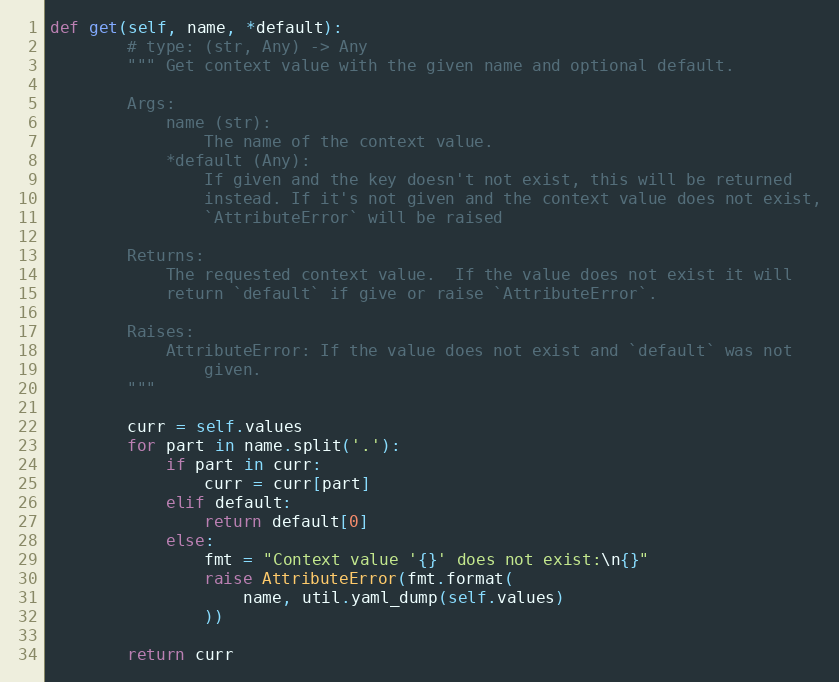
Language: Python
def get(self, name, *default):
        # type: (str, Any) -> Any
        """ Get context value with the given name and optional default.

        Args:
            name (str):
                The name of the context value.
            *default (Any):
                If given and the key doesn't not exist, this will be returned
                instead. If it's not given and the context value does not exist,
                `AttributeError` will be raised

        Returns:
            The requested context value.  If the value does not exist it will
            return `default` if give or raise `AttributeError`.

        Raises:
            AttributeError: If the value does not exist and `default` was not
                given.
        """

        curr = self.values
        for part in name.split('.'):
            if part in curr:
                curr = curr[part]
            elif default:
                return default[0]
            else:
                fmt = "Context value '{}' does not exist:\n{}"
                raise AttributeError(fmt.format(
                    name, util.yaml_dump(self.values)
                ))

        return curr